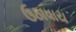
ઉઠાવાય